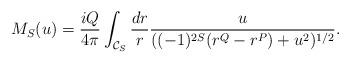
LaTeX: \begin{align*}M_{S}(u)= \frac{iQ}{4\pi}\int_{{\cal C}_S} \frac{dr}{r}\frac{u}{((-1)^{2S}(r^Q - r^P) + u^2)^{1/2}}.\end{align*}